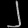
Digit: ၂